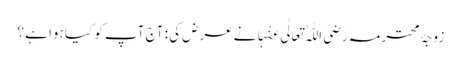
زوجۂ محترمہ رَضِیَ اللّٰہُ تَعَالٰی عَنْہانے عرض کی : آج آپ کو کیا ہوا ہے ؟